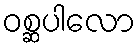
ဝစ္ဆပါလော